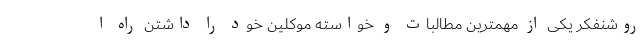
روشنفکر یکی از مهمترین مطالبات و خواسته موکلین خود را داشتن راه ا